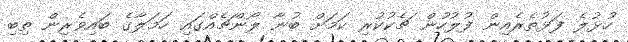
ހުޅުލެ ފަޅުތެރެއިން ފުލުހުން ޗެކުކުރި ކަމަށް ބުނާ ލޯންޗެއްގައި ހަމަލާގެ ބައިވެރިން ތިބި